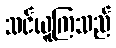
သင်ယူကြသည်